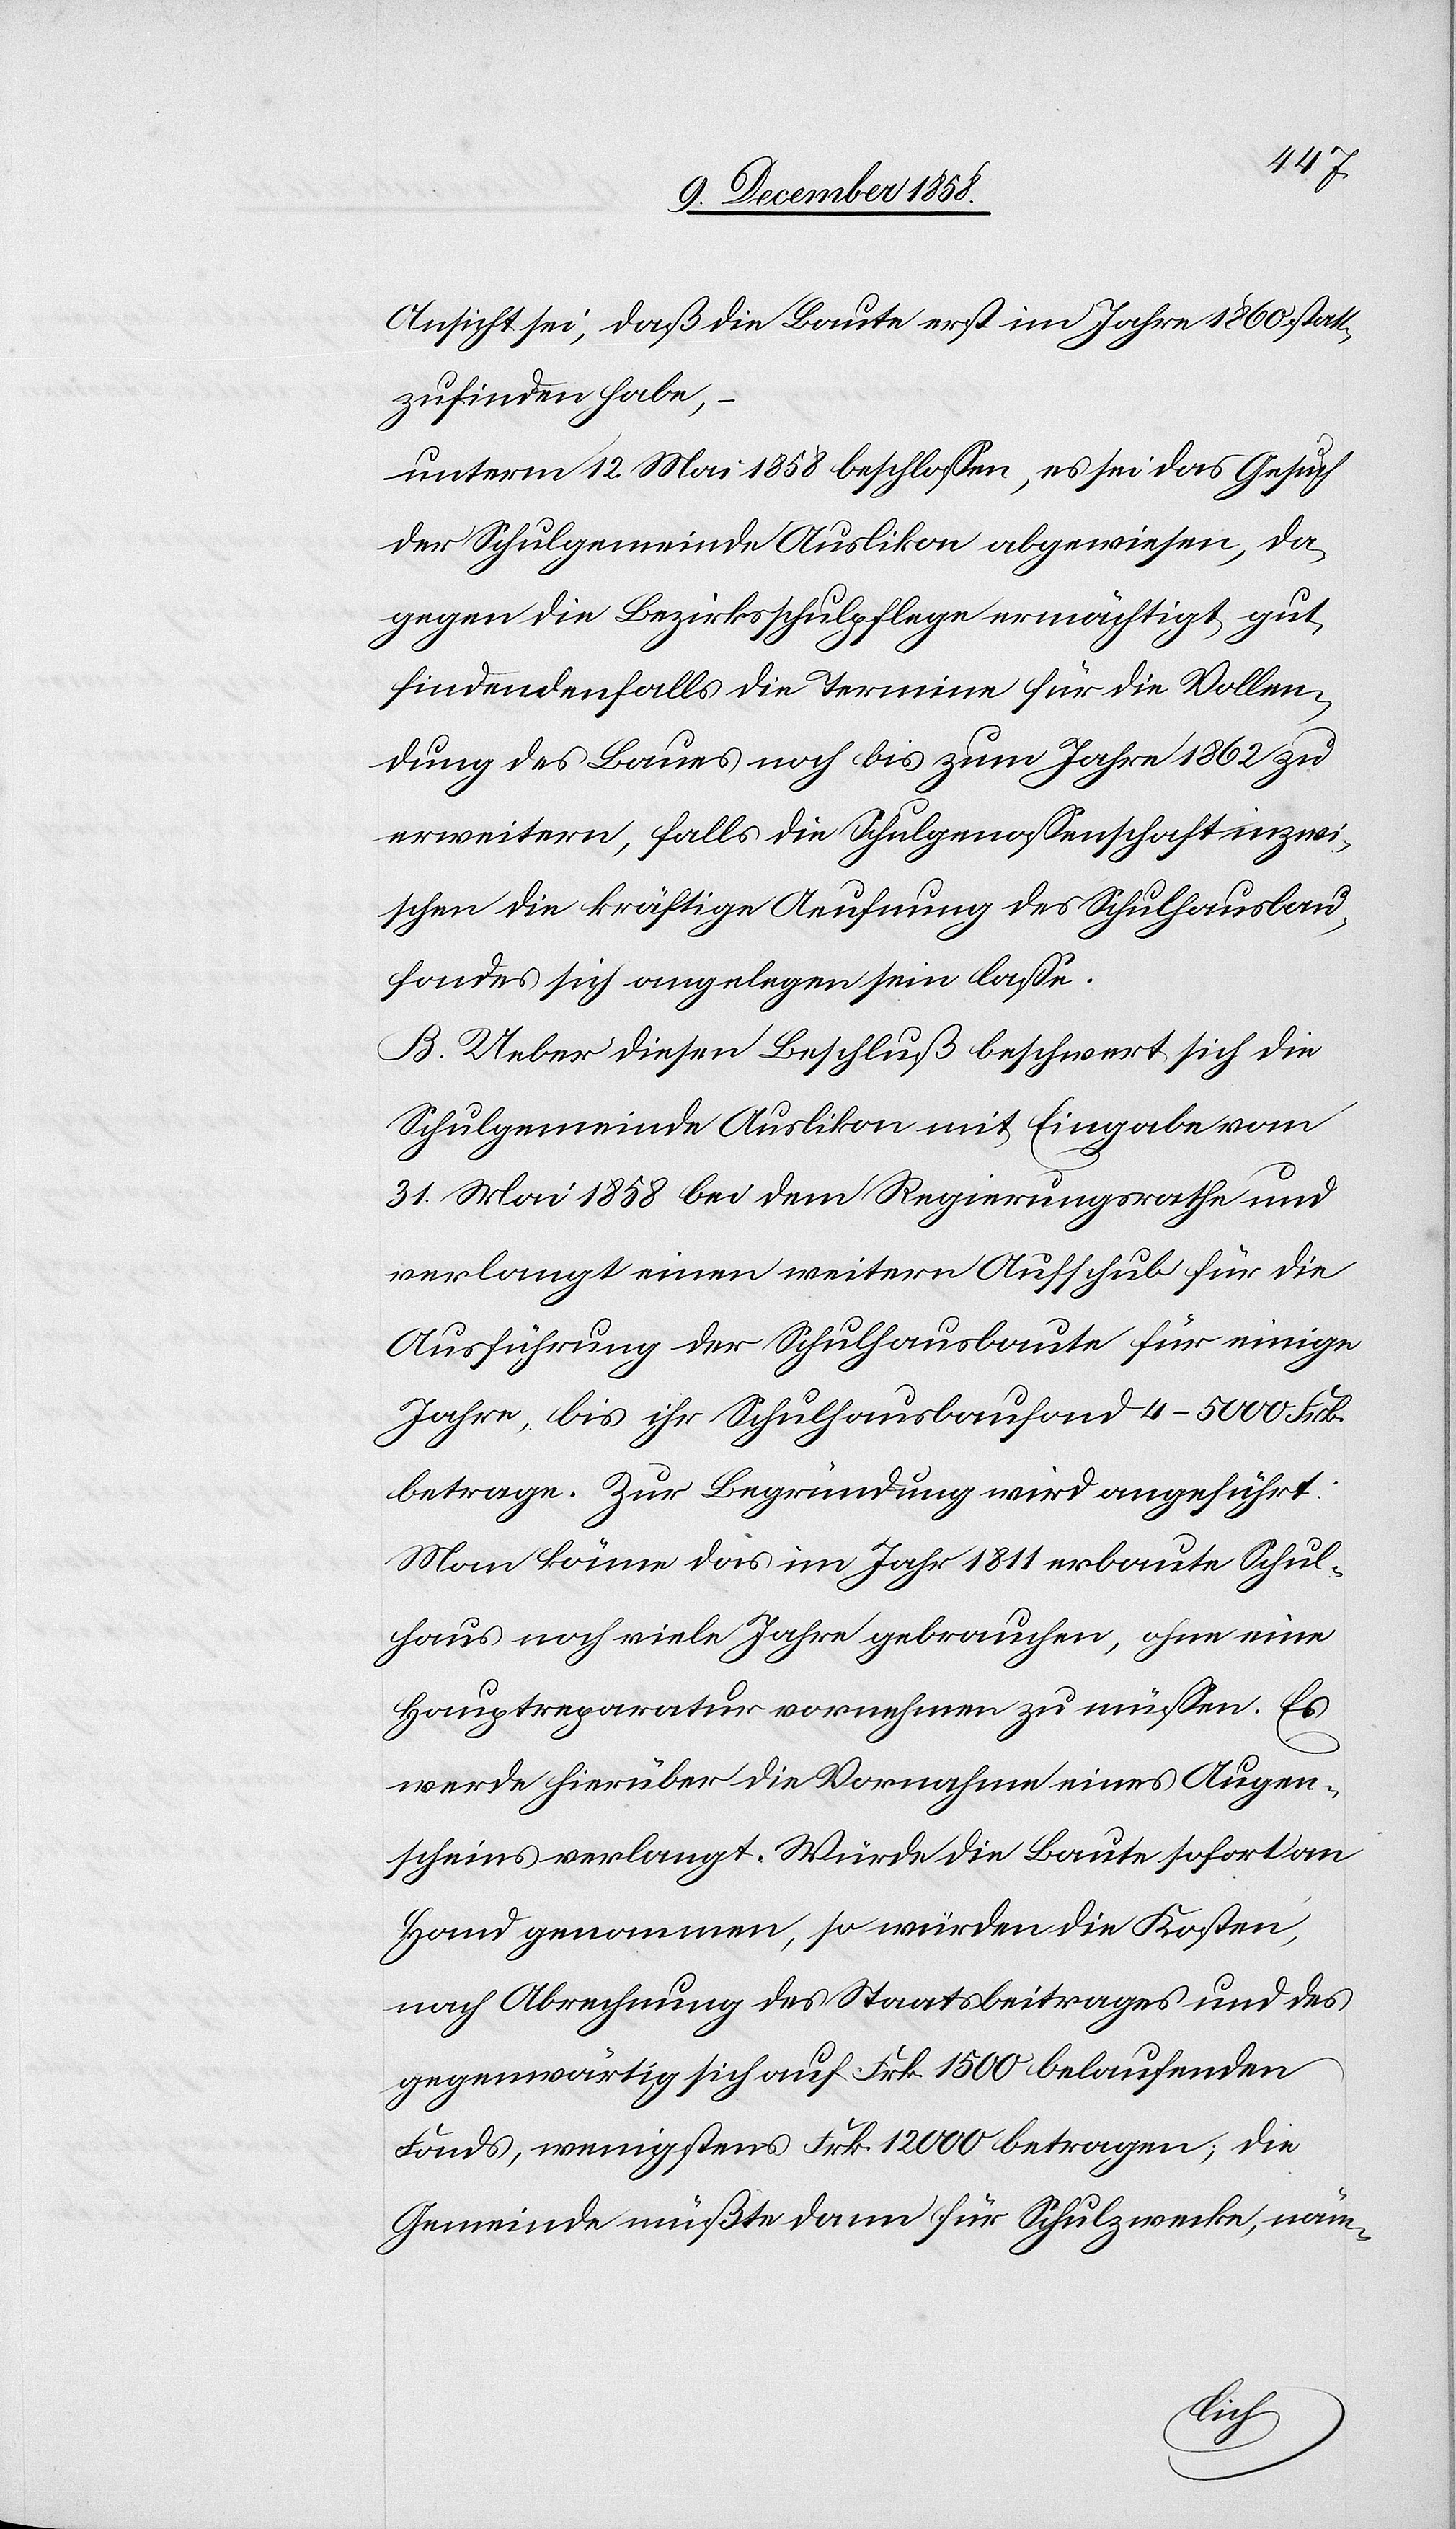
Ansicht sei, daß die Baute erst im Jahre 1860 statt¬
zufinden habe,
unterm 12. Mai 1858 beschlossen, es sei das Gesuch
der Schulgemeinde Auslikon abgewiesen, da¬
gegen die Bezirksschulpflege ermächtigt, gut¬
findendenfalls die Termine für die Vollen¬
dung des Baues noch bis zum Jahre 1862 zu
erweitern, falls die Schulgenossenschaft inzwi¬
schen die kräftige Aeufnung des Schulhausbau¬
fondes sich angelegen sein lasse.
B. Ueber diesen Beschluß beschwert sich die
Schulgemeinde Auslikon mit Eingabe vom
31. Mai 1858 bei dem Regierungsrathe und
verlangt einen weitern Aufschub für die
Ausführung der Schulhausbaute für einige
Jahre, bis ihr Schulhausbaufond 4–5000 Frk.
betrage. Zur Begründung wird angeführt:
Man könne das im Jahr 1811 erbaute Schul¬
haus noch viele Jahre gebrauchen, ohne eine
Hauptreparatur vornehmen zu müssen. Es
werde hierüber die Vornahme eines Augen¬
scheins verlangt. Würde die Baute sofort an
Hand genommen, so würden die Kosten,
nach Abrechnung des Staatsbeitrages und des
gegenwärtig sich auf Frk. 1500 belaufenden
Fonds, wenigstens Frk. 12 000 betragen; die
Gemeinde müßte dann für Schulzwecke, näm-